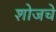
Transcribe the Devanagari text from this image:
शोजचे